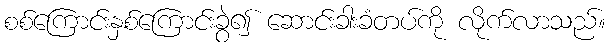
စစ်ကြောင်းနှစ်ကြောင်းခွဲ၍ ဆောင်းခါးခံတပ်ကို လိုက်လာသည်။